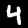
Digit: 4